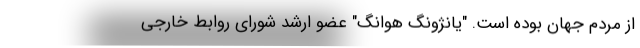
از مردم جهان بوده است. "یانژونگ هوانگ" عضو ارشد شورای روابط خارجی